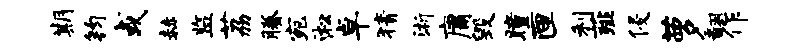
期钧或赫监荔腾宛淞卓猜浙庸毁瞳匣利薤侵萝翻作